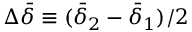
\Delta \bar { \delta } \equiv ( \bar { \delta } _ { 2 } - \bar { \delta } _ { 1 } ) / 2